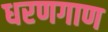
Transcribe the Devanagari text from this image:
धरणगाण